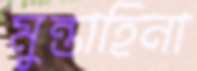
মুন্তাহিনা